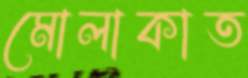
মোলাকাত